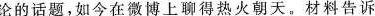
论的话题，如今在微博上聊得热火朝天。材料告诉